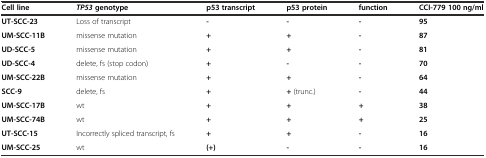
<table><thead><tr><td><b>Cell line</b></td><td><b><i>TP53</i>genotype</b></td><td><b>p53 transcript</b></td><td><b>p53 protein</b></td><td><b>function</b></td><td><b>CCI-779 100 ng/ml</b></td></tr></thead><tbody><tr><td><b>UT-SCC-23</b></td><td>Loss of transcript</td><td><b>-</b></td><td><b>-</b></td><td><b>-</b></td><td><b>95</b></td></tr><tr><td><b>UM-SCC-11B</b></td><td>missense mutation</td><td><b>+</b></td><td><b>+</b></td><td><b>-</b></td><td><b>87</b></td></tr><tr><td><b>UD-SCC-5</b></td><td>missense mutation</td><td><b>+</b></td><td><b>+</b></td><td><b>-</b></td><td><b>81</b></td></tr><tr><td><b>UD-SCC-4</b></td><td>delete, fs (stop codon)</td><td><b>+</b></td><td><b>-</b></td><td><b>-</b></td><td><b>70</b></td></tr><tr><td><b>UM-SCC-22B</b></td><td>missense mutation</td><td><b>+</b></td><td><b>+</b></td><td><b>-</b></td><td><b>64</b></td></tr><tr><td><b>SCC-9</b></td><td>delete, fs</td><td><b>+</b></td><td><b>+</b> (trunc.)</td><td><b>-</b></td><td><b>44</b></td></tr><tr><td><b>UM-SCC-17B</b></td><td>wt</td><td><b>+</b></td><td><b>+</b></td><td><b>+</b></td><td><b>38</b></td></tr><tr><td><b>UM-SCC-74B</b></td><td>wt</td><td><b>+</b></td><td><b>+</b></td><td><b>+</b></td><td><b>25</b></td></tr><tr><td><b>UT-SCC-15</b></td><td>Incorrectly spliced transcript, fs</td><td><b>+</b></td><td><b>+</b></td><td><b>-</b></td><td><b>16</b></td></tr><tr><td><b>UM-SCC-25</b></td><td>wt</td><td><b>(+)</b></td><td><b>-</b></td><td><b>-</b></td><td><b>16</b></td></tr></tbody></table>